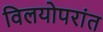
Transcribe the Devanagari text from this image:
विलयोपरांत